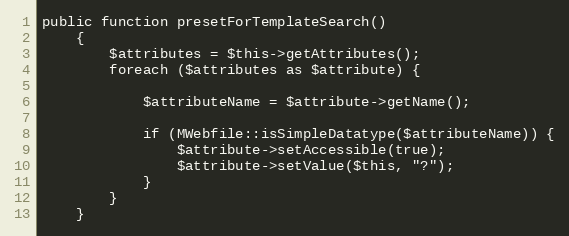
Language: PHP
public function presetForTemplateSearch()
    {
        $attributes = $this->getAttributes();
        foreach ($attributes as $attribute) {

            $attributeName = $attribute->getName();

            if (MWebfile::isSimpleDatatype($attributeName)) {
                $attribute->setAccessible(true);
                $attribute->setValue($this, "?");
            }
        }
    }